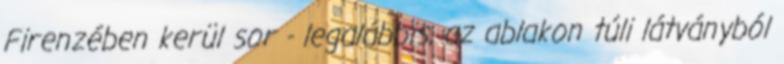
Firenzében kerül sor - legalábbis, az ablakon túli látványból